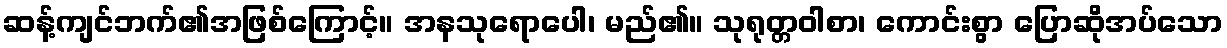
ဆန့်ကျင်ဘက်၏အဖြစ်ကြောင့်။ အနသုရောပေါ၊ မည်၏။ သုရုတ္တဝါစာ၊ ကောင်းစွာ ပြောဆိုအပ်သော